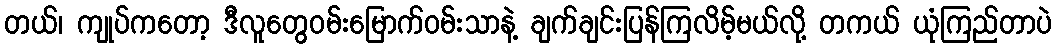
တယ်၊ ကျုပ်ကတော့ ဒီလူတွေဝမ်းမြောက်ဝမ်းသာနဲ့ ချက်ချင်းပြန်ကြလိမ့်မယ်လို့ တကယ် ယုံကြည်တာပဲ